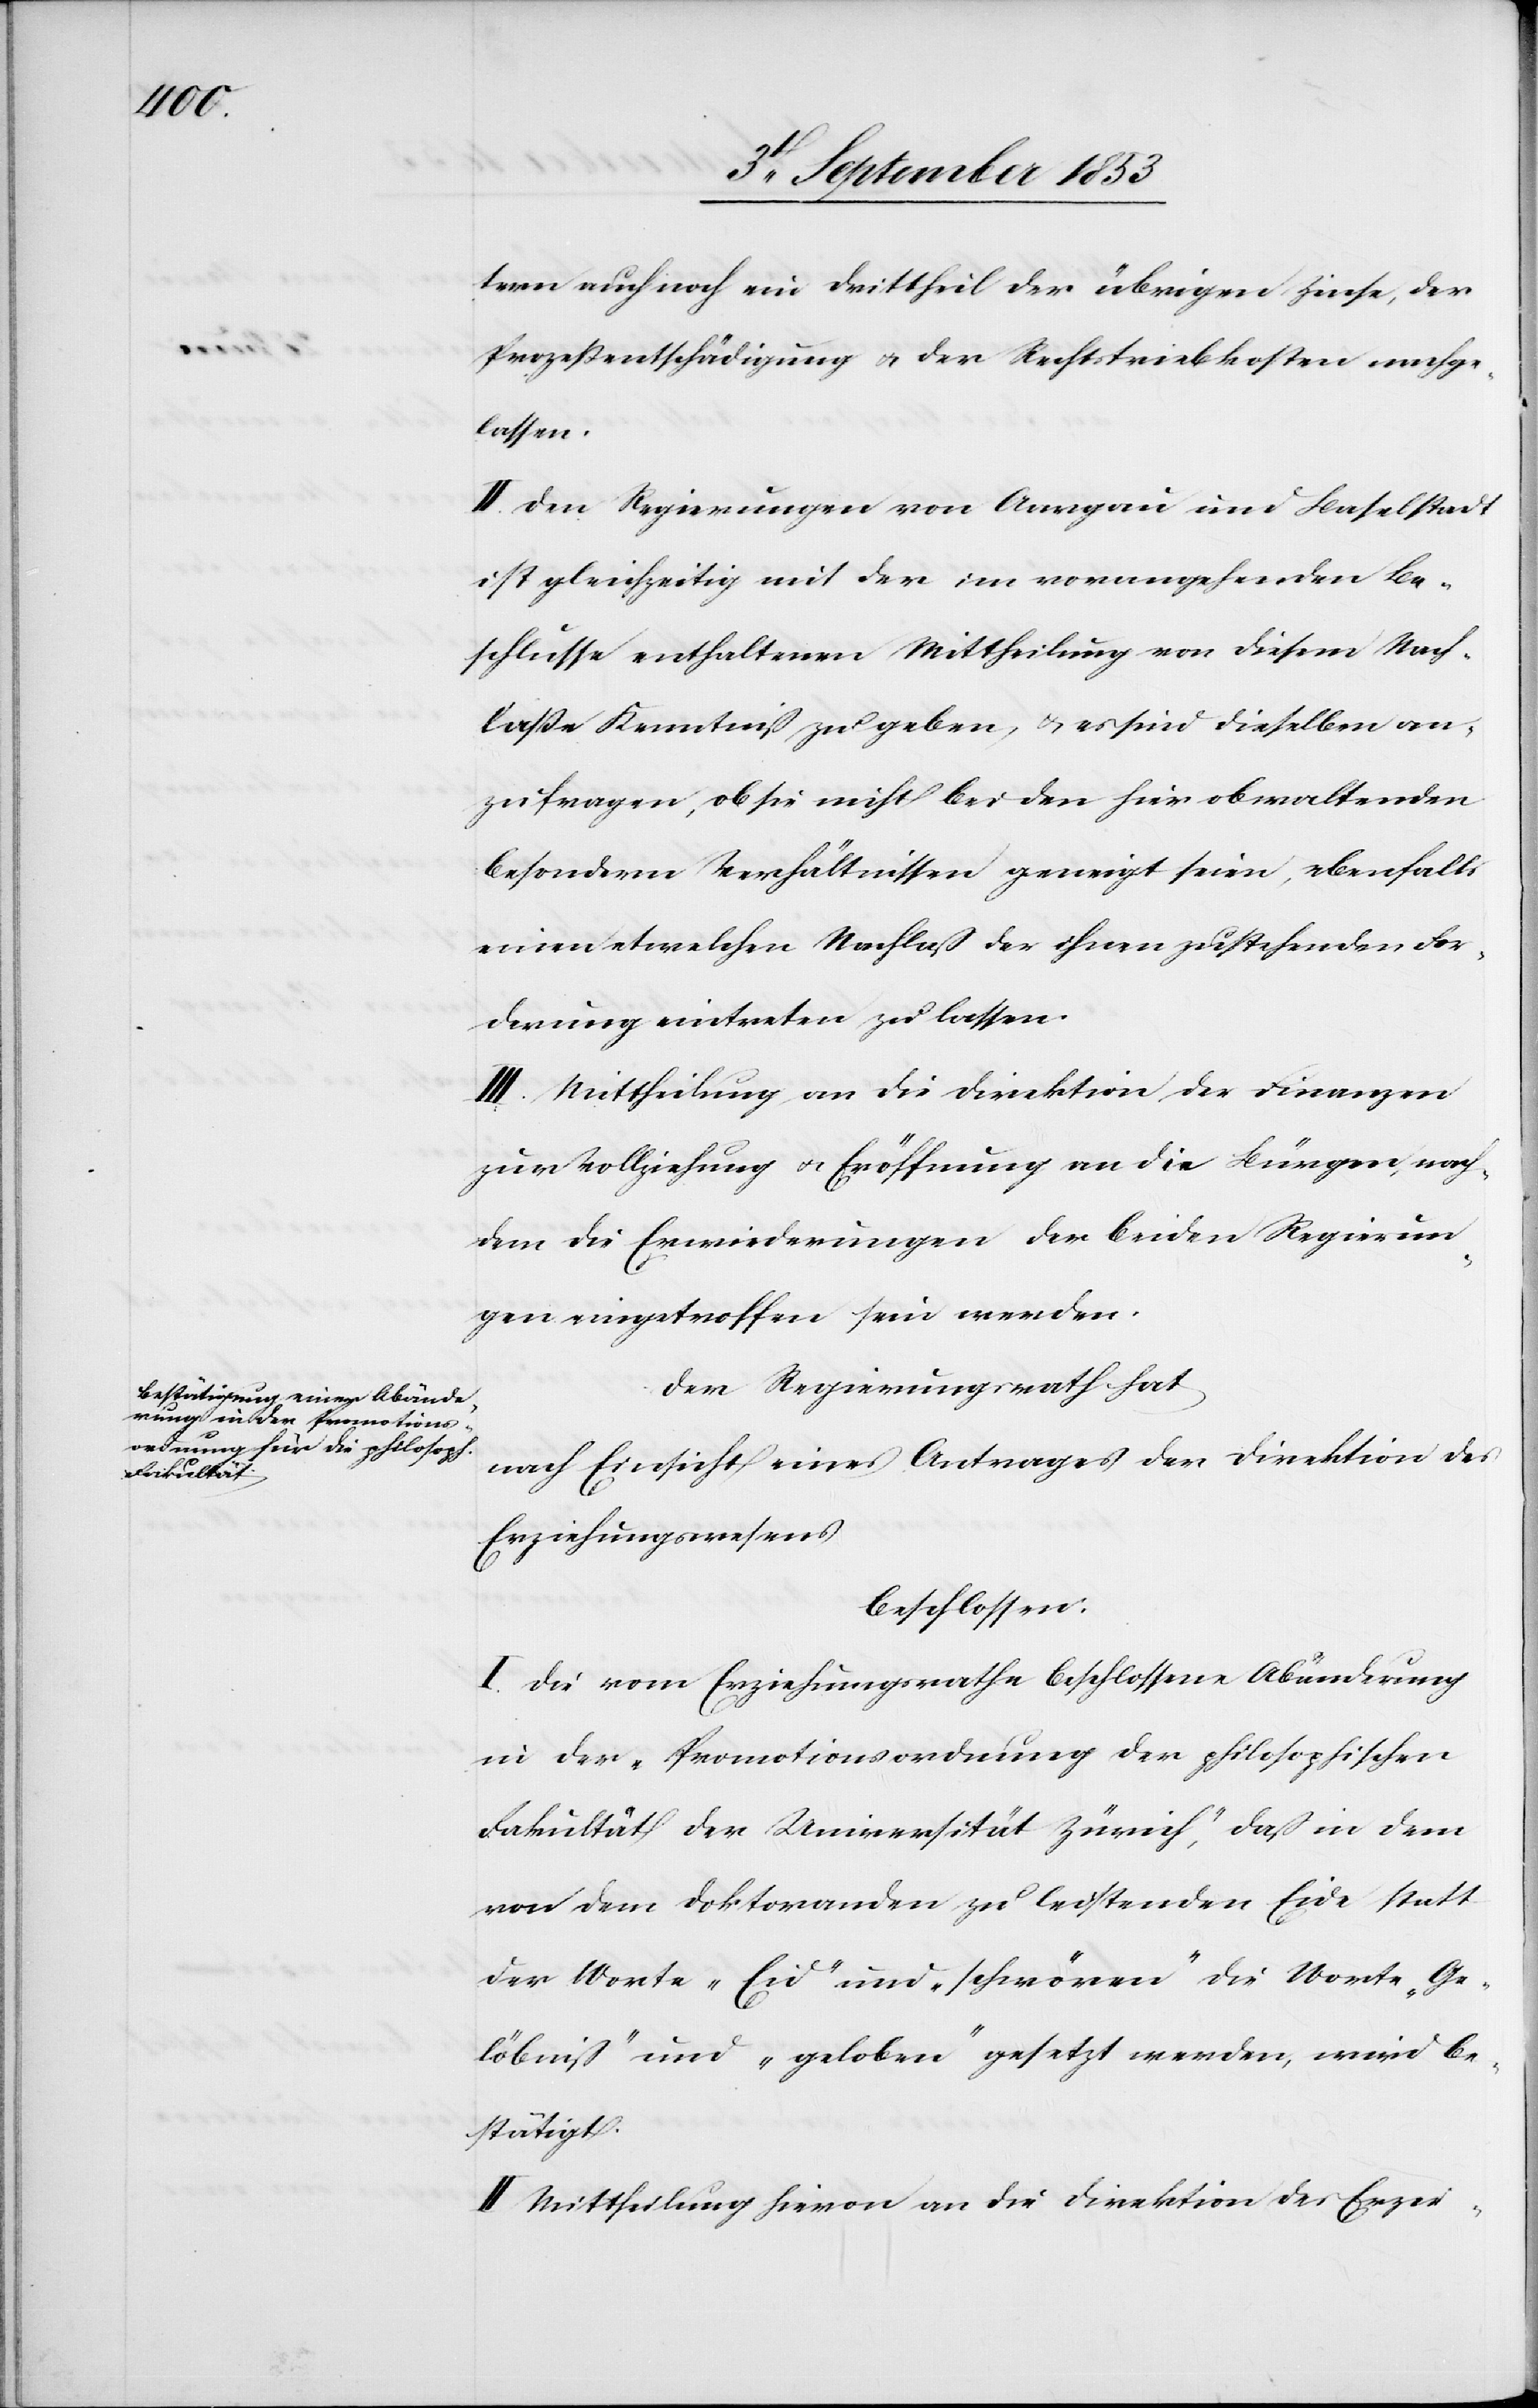
tern auch noch ein Drittheil der übrigen Zinse, der
Prozeßentschädigung u. der Rechtstriebskosten nachge¬
lassen.
II. Den Regierungen von Aargau und Baselstadt
ist gleichzeitig mit der im vorangehenden Be¬
schlusse enthaltenen Mittheilung von diesem Nach¬
laße Kenntniß zu geben, u. es sind dieselben an¬
zufragen, ob sie nicht bei den hier obwaltenden
besondern Verhältnissen geneigt seien, ebenfalls
einem etwelchen Nachlaß der ihnen zustehenden For¬
derung eintreten zu lassen.
II. Mittheilung an die Direktion des Erzie-
zur Vollziehung u. Eröffnung an die Bürgen, nach¬
dem die Erwiederungen der beiden Regierun¬
gen eingetroffen sein werden.
Der Regierungsrath hat,
nach Einsicht eines Antrages der Direktion des
Erziehungswesens
beschlossen:
I. Die vom Erziehungsrathe beschlossene Abänderung
in der „Promotionsordnung der philosophischen
Fakultät der Universität Zürich“, daß in dem
von dem Doktoranden zu leistenden Eide statt
der Worte „Eid“ und „schwören“ die Worte „Ge¬
löbniß“ und „geloben“ gesetzt werden, wird be¬
stätigt.